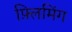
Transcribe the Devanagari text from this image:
फ़्लिमिंग